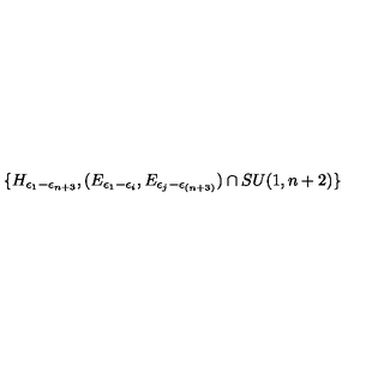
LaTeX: \{ H _ { \epsilon _ { 1 } - \epsilon _ { n + 3 } } , ( E _ { \epsilon _ { 1 } - \epsilon _ { i } } , E _ { \epsilon _ { j } - \epsilon _ { ( n + 3 ) } } ) \cap S U ( 1 , n + 2 ) \}